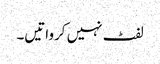
لفٹ نہیں کرواتیں۔